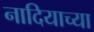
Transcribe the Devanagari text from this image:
नादियाच्या